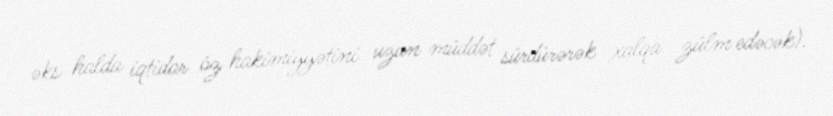
əks halda iqtidar öz hakimiyyətini uzun müddət sürdürərək xalqa zülm edəcək).